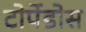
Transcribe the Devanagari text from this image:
टोर्पेडोस